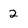
Character: 2